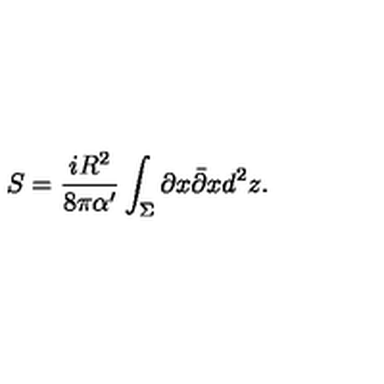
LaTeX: S = \frac { i R ^ { 2 } } { 8 \pi \alpha ^ { \prime } } \int _ { \Sigma } \partial x \bar { \partial } x d ^ { 2 } z .